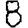
Digit: 8